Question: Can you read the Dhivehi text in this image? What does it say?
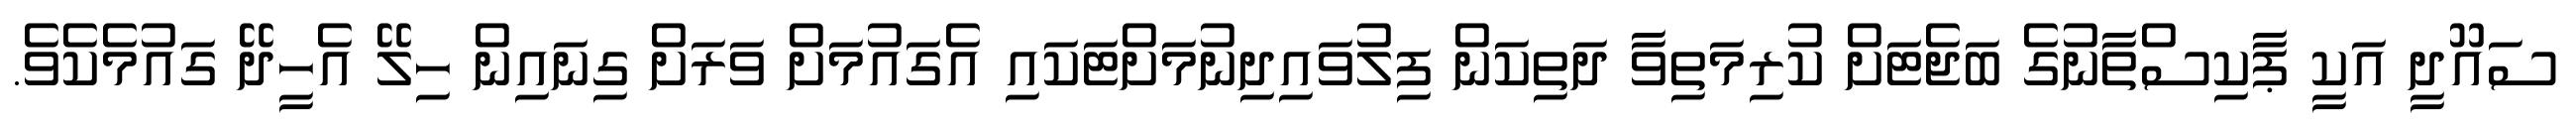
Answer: ސައޫދީ އަކީ ޕާކިސްތާނުގެ ބަޖެޓަށް ކުރިމަތިވާ ދަތިކަން ފިލުވައިދިނުމަށްޓަކައި އެގައުމަށް ވަރަށް ގިނައިން ހިލޭ އެހީދޭ ގައުމެކެވެ.